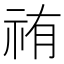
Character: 𮁰